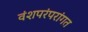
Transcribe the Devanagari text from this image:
वंशपरंपरांगत